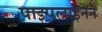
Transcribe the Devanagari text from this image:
पाइपलाइनने